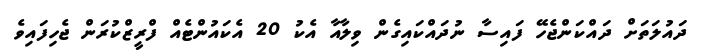
ދައުލަތަށް ދައްކަންޖެހޭ ފައިސާ ނުދައްކައިގެން ވިލާއާ އެކު 20 އެކައުންޓެއް ފްރީޒްކުރަން ޖެހިފައިވެ